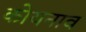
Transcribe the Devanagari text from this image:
कोयनाव